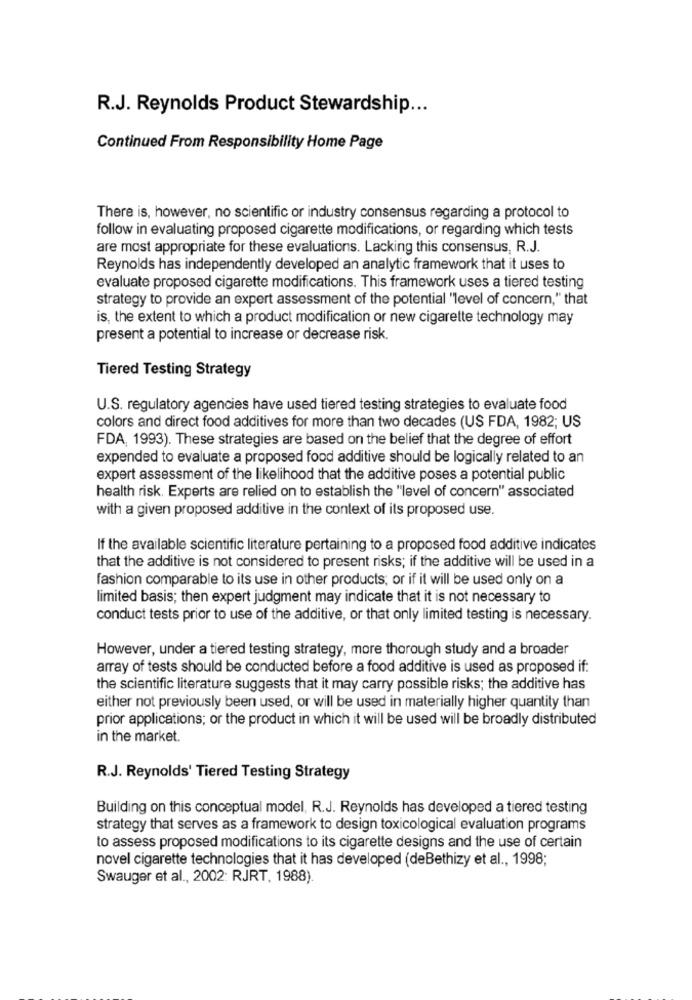
R.J. Reynolds Product Stewardship ...
Continued From Responsibility Home Page
There is, however, no scientific or industry consensus regarding a protocol to
follow in evaluating proposed cigarette modifications, or regarding which tests
are most appropriate for these evaluations. Lacking this consensus, R.J.
Reynolds has independently developed an analytic framework that it uses to
evaluate proposed cigarette modifications. This framework uses a tiered testing
strategy to provide an expert assessment of the potential "level of concern," that
is, the extent to which a product modification or new cigarette technology may
present a potential to increase or decrease risk.
Tiered Testing Strategy
U.S. regulatory agencies have used tiered testing strategies to evaluate food
colors and direct food additives for more than two decades (US FDA, 1982; US
FDA, 1993). These strategies are based on the belief that the degree of effort
expended to evaluate a proposed food additive should be logically related to an
expert assessment of the likelihood that the additive poses a potential public
health risk. Experts are relied on to establish the "level of concern" associated
with a given proposed additive in the context of its proposed use.
If the available scientific literature pertaining to a proposed food additive indicates
that the additive is not considered to present risks; if the additive will be used in a
fashion comparable to its use in other products; or if it will be used only on a
limited basis; then expert judgment may indicate that it is not necessary to
conduct tests prior to use of the additive, or that only limited testing is necessary.
However, under a tiered testing strategy, more thorough study and a broader
array of tests should be conducted before a food additive is used as proposed if:
the scientific literature suggests that it may carry possible risks; the additive has
either not previously been used, or will be used in materially higher quantity than
prior applications; or the product in which it will be used will be broadly distributed
in the market.
R.J. Reynolds' Tiered Testing Strategy
Building on this conceptual model, R.J. Reynolds has developed a tiered testing
strategy that serves as a framework to design toxicological evaluation programs
to assess proposed modifications to its cigarette designs and the use of certain
novel cigarette technologies that it has developed (deBethizy et al ., 1998;
Swauger et al ., 2002: RJRT. 1988).